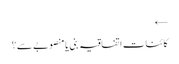
←
کائنات اتفاقیہ بنی یا منصوبے سے؟